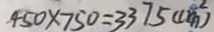
4 5 0 \times 7 5 0 = 3 3 7 5 ( c m ^ { 2 } )